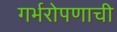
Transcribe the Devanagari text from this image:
गर्भरोपणाची